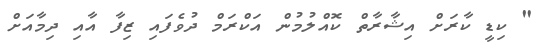
" ކިޑީ ކާރަށް އިޝާރާތް ކޮއްލުމުން އަކްރަމް ދުވެފައި ޒިފާ އާއި ދިމާއަށް